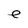
Character: e